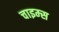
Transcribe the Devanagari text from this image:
चाइम्‍स